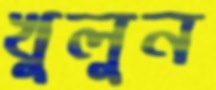
খুলুন